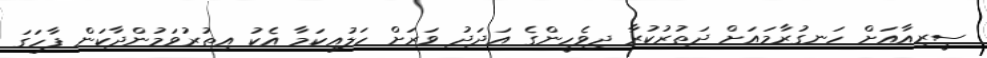
ސީރިއާއަށް ހަނގުރާމައަށް ދަތުރުކުރާ ދިވެހީންގެ އަދަދު ވަރަށް ހަލުއިކަމާ އެކު އިތުރުވަމުންދާކަން ފާހަގަ